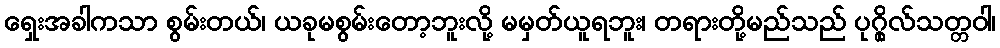
ရှေးအခါကသာ စွမ်းတယ်၊ ယခုမစွမ်းတော့ဘူးလို့ မမှတ်ယူရဘူး၊ တရားတို့မည်သည် ပုဂ္ဂိုလ်သတ္တဝါ၊